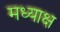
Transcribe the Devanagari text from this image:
मध्याक्ष